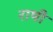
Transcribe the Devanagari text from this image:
राषी